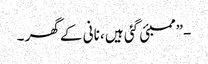
-”ممبئی گئی ہیں ، نانی کے گھر ۔